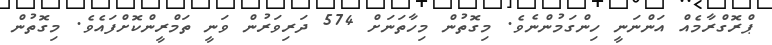
ޕްރޮގްރާމެއް އަންނަނީ ހިންގަމުންނެވެ. މިގޮތުން މިހާތަނަށް 574 ދަރިވަރުން ވަނީ ތަމްރީންކޮށްފައެވެ. މިގޮތުން